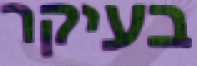
בעיקר